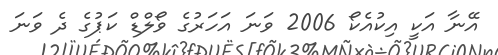
އޭނާ އަކީ އިކުއެކޯ 2006 ވަނަ އަހަރުގެ ވޯލްޑް ކަޕުގެ ދެ ވަނަ